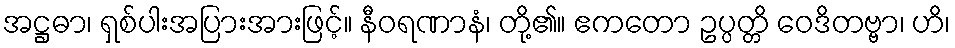
အဋ္ဌဓာ၊ ရှစ်ပါးအပြားအားဖြင့်။ နီဝရဏာနံ၊ တို့၏။ ဧကတော ဥပ္ပတ္တိ ဝေဒိတဗ္ဗာ၊ ဟိ၊